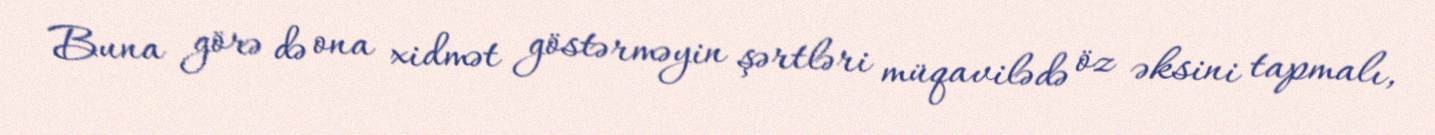
Buna görə də ona xidmət göstərməyin şərtləri müqavilədə öz əksini tapmalı,